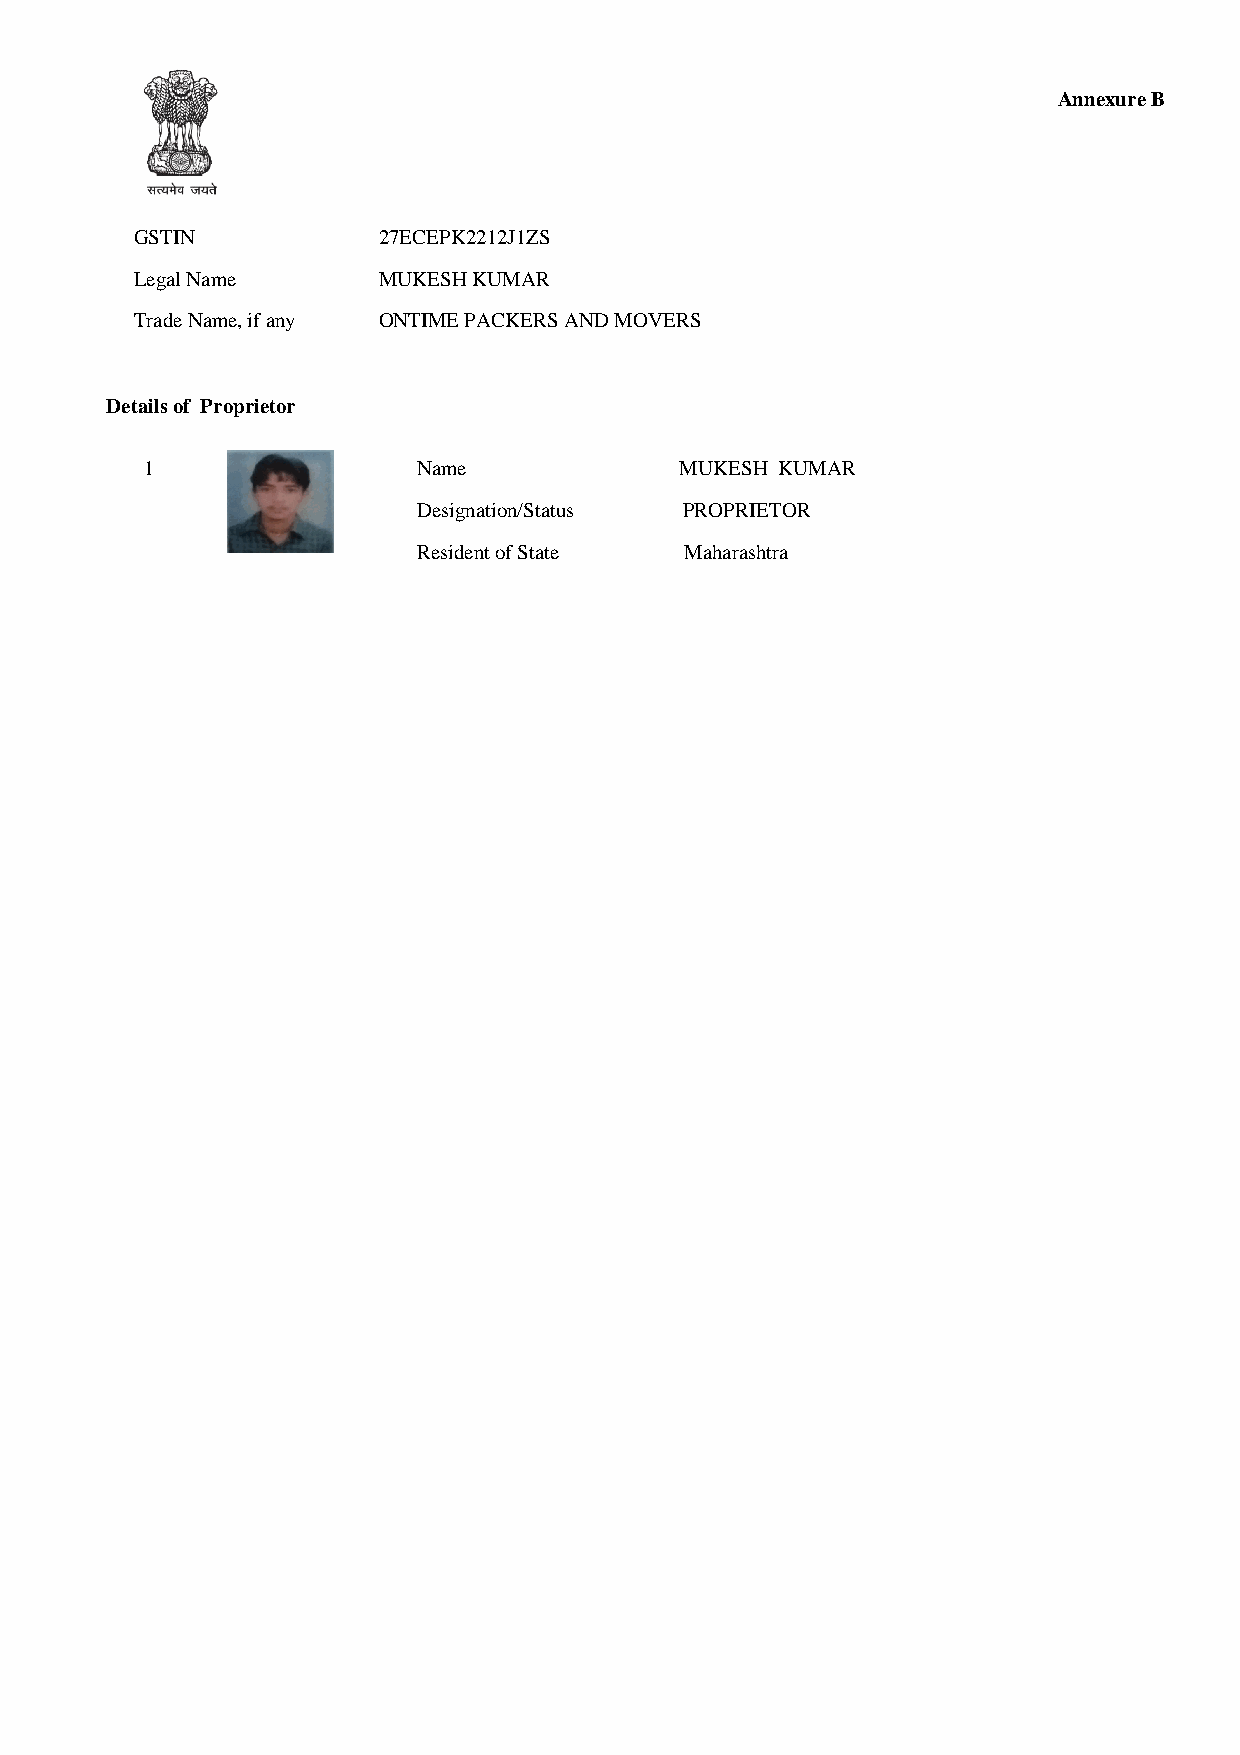
Annexure B
 GSTIN           27ECEPK2212J1ZS
 Legal Name      MUKESH KUMAR
 Trade Name, if any ONTIME PACKERS AND MOVERS
 Details of Proprietor
 1                 Name             MUKESH KUMAR
 Designation/Status PROPRIETOR
 Resident of State Maharashtra